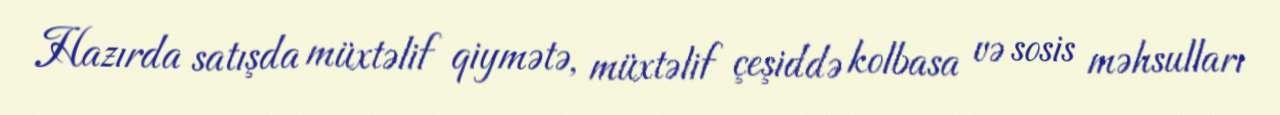
Hazırda satışda müxtəlif qiymətə, müxtəlif çeşiddə kolbasa və sosis məhsulları